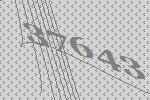
37643